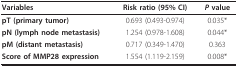
| Variables | Risk ratio (95% CI) | P value |
 | --- | --- | --- |
 | pT (primary tumor) | 0.693 (0.493-0.974) | 0.035* |
 | pN (lymph node metastasis) | 1.254 (0.978-1.608) | 0.044* |
 | pM (distant metastasis) | 0.717 (0.349-1.470) | 0.363 |
 | Score of MMP28 expression | 1.554 (1.119-2.159) | 0.008* |